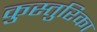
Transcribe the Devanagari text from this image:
कुस्तुरिका